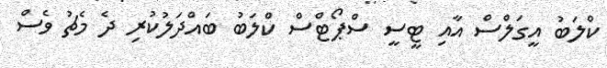
ކްލަބު އީގަލްސް އާއި ޓީސީ ސްޕޯޓްސް ކްލަބު ބައްދަލުކުރި ދެ މެޗު ވެސް